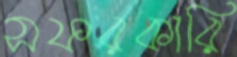
সফরকারি